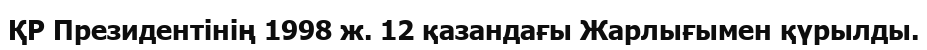
ҚР Президентінің 1998 ж. 12 қазандағы Жарлығымен қүрылды.